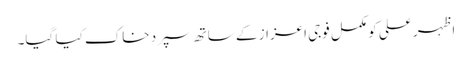
اظہر علی کو مکمل فوجی اعزاز کے ساتھ سپرد خاک کیا گیا۔